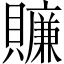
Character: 𧸖